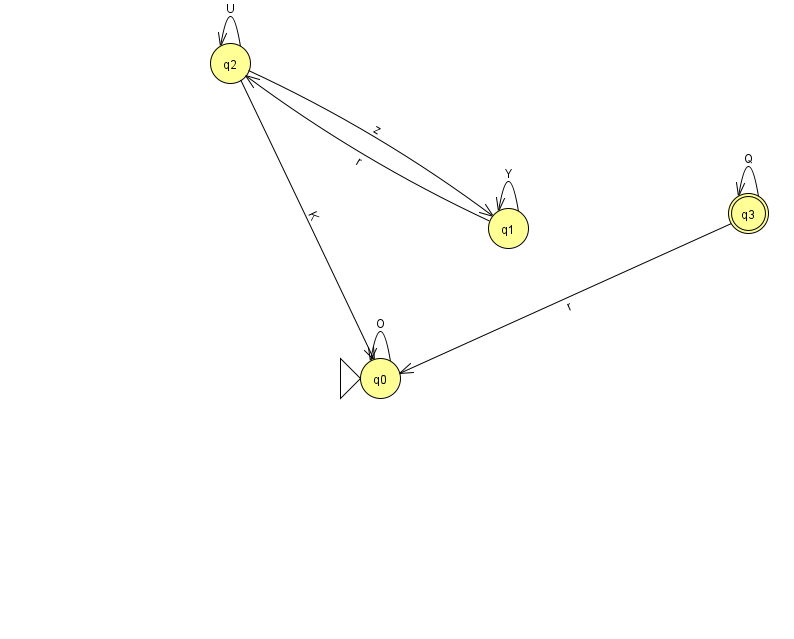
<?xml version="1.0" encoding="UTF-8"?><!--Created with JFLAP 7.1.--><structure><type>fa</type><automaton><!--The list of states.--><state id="0" name="q0"><x>380.0</x><y>365.0</y><initial/></state><state id="1" name="q1"><x>508.0</x><y>215.0</y></state><state id="2" name="q2"><x>230.0</x><y>50.0</y></state><state id="3" name="q3"><x>748.0</x><y>200.0</y><final/></state><!--The list of transitions.--><transition><from>2</from><to>1</to><read>z</read></transition><transition><from>3</from><to>3</to><read>Q</read></transition><transition><from>2</from><to>2</to><read>U</read></transition><transition><from>1</from><to>1</to><read>Y</read></transition><transition><from>1</from><to>2</to><read>r</read></transition><transition><from>3</from><to>0</to><read>r</read></transition><transition><from>0</from><to>0</to><read>O</read></transition><transition><from>2</from><to>0</to><read>K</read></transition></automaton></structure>